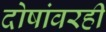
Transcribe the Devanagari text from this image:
दोषांवरही